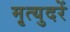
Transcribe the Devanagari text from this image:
मृत्युदरें